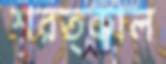
শরত্কাল